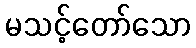
မသင့်တော်သော